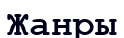
Жанры